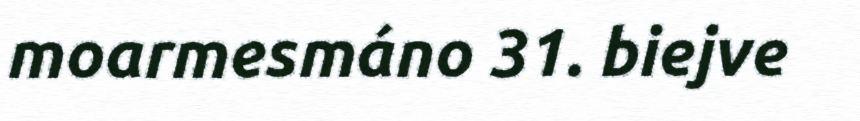
moarmesmáno 31. biejve